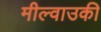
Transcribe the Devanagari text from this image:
मील्वाउकी